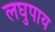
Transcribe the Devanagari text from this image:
लघुपाय